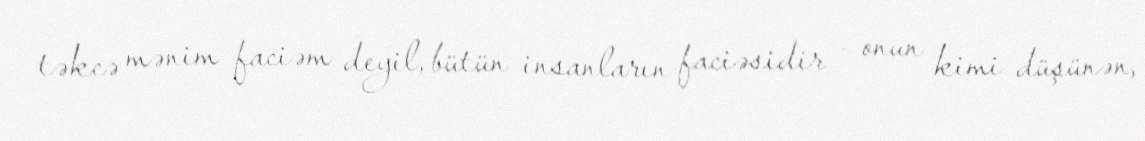
təkcə mənim faciəm deyil, bütün insanların faciəsidir - onun kimi düşünən,